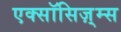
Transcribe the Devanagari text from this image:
एक्सॉसिज़्म्स